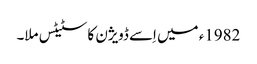
1982ء میں اِسے ڈویژن کا سٹیٹس ملا۔